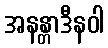
အနန္တာဒီနဝါ